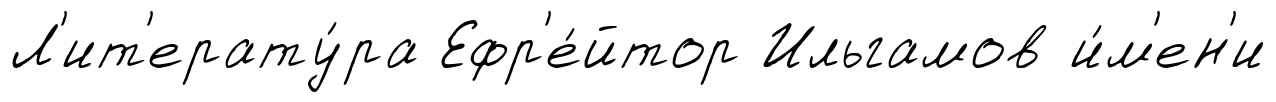
Л'ит'ерату́ра Ефр'е́йтор Ильгамов и́м'ен'и